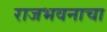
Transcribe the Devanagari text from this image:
राजभवनाचा